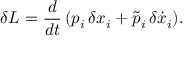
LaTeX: \delta { \cal L } = \frac { d } { d t } \, ( p _ { i } \, \delta x _ { i } + \tilde { p } _ { i } \, \delta \dot { x } _ { i } ) .